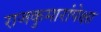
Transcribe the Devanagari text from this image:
राजकुमारांपेक्षा